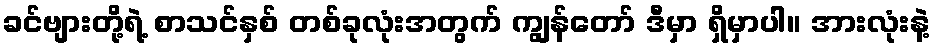
ခင်ဗျားတို့ရဲ့ စာသင်နှစ် တစ်ခုလုံးအတွက် ကျွန်တော် ဒီမှာ ရှိမှာပါ။ အားလုံးနဲ့